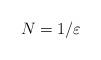
LaTeX: \begin{align*}N=1/\varepsilon\end{align*}